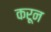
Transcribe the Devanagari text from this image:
करून